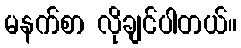
မနက်စာ လိုချင်ပါတယ်။